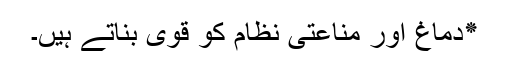
٭دماغ اور مناعتی نظام کو قوی بناتے ہیں۔